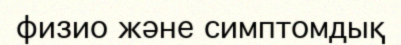
физио және симптомдық